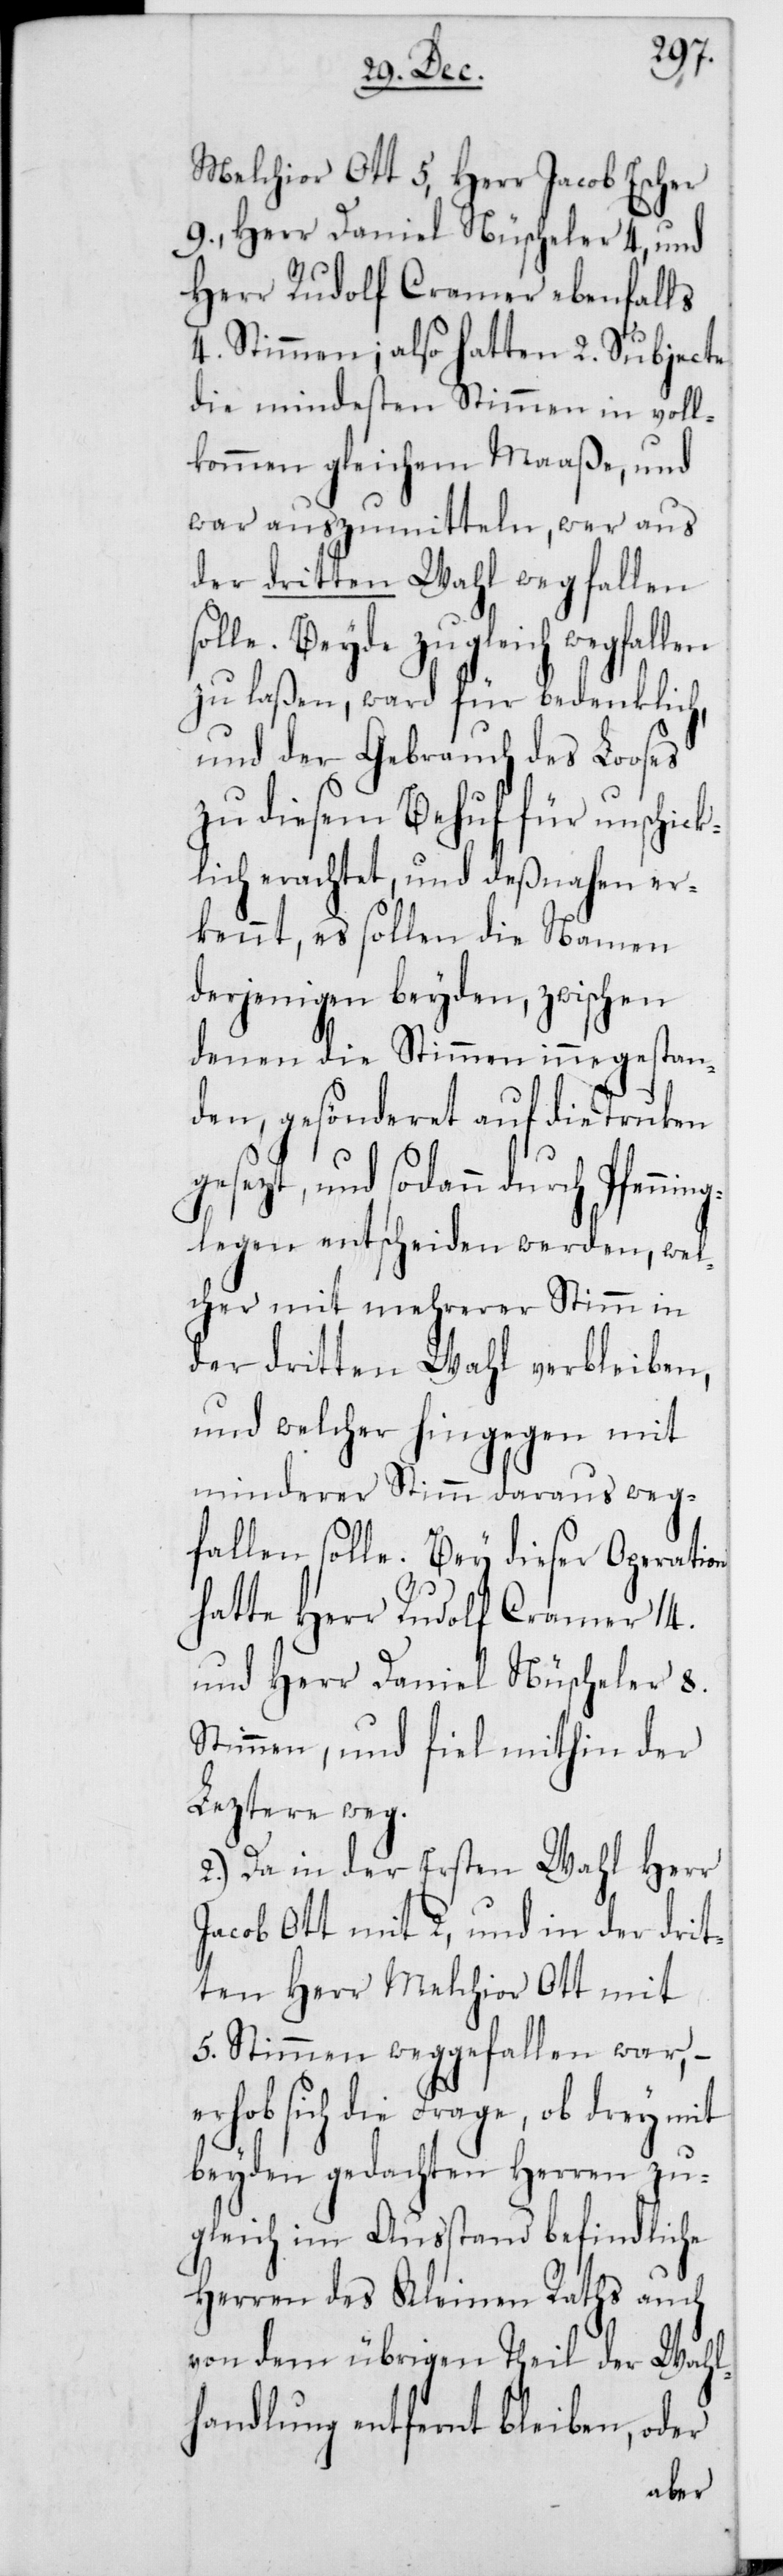
Melchior Ott 5, Herr Jacob Escher
9., Herr Daniel Nüscheler 4, und
Herr Rudolf Cramer ebenfalls
4. Stimmen; also hatten 2. Subjecte
die mindesten Stimmen in voll¬
kommen gleichem Maaße, und
war auszumitteln, wer aus
der dritten Wahl wegfallen s¬
olle. Beyde zugleich wegfallen
zu laßen, ward für bedenklich,
und der Gebrauch des Looses
zu diesem Behuf für unschick¬
lich erachtet, und deßnahen er¬
kennt, es sollen die Namen
derjenigen beyden, zwischen
denen die Stimmen innegestan¬
den, gesönderet auf die Truken
gesezt, und sodann durch Pfenning¬
legen entscheiden werden, wel¬
cher mit mehrerer Stimm
der dritten Wahl verbleiben,
und welcher hingegen mit
minderer Stimm daraus weg¬
fallen solle. Bey dieser Operation
hatte Herr Rudolf Cramer 14.
und Herr Daniel Nüscheler 8.
Stimmen, und fiel mithin der
Leztere weg.
2.) Da in der Ersten Wahl Herr
Jacob Ott mit 2, und in der drit¬
ten Herr Melchior Ott mit
5. Stimmen weggefallen war, –
erhob sich die Frage, ob drey mit
beyden gedachten Herren zu¬
gleich im Ausstand befindliche
Herren des Kleinen Raths auch
von dem übrigen Theil der Wahl¬
handlung entfernt bleiben, oder